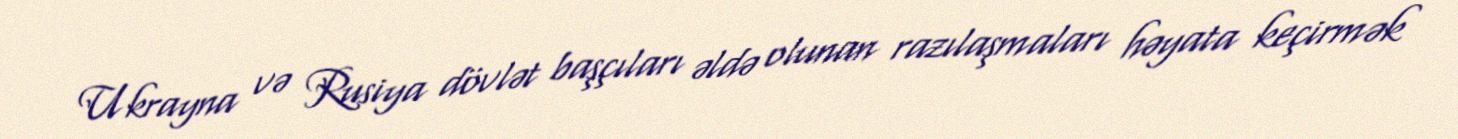
Ukrayna və Rusiya dövlət başçıları əldə olunan razılaşmaları həyata keçirmək